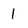
Character: I